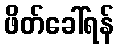
ဖိတ်ခေါ်ရန်